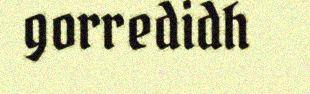
gorredidh